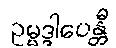
ဥမ္မဒ္ဒါပေန္တီ